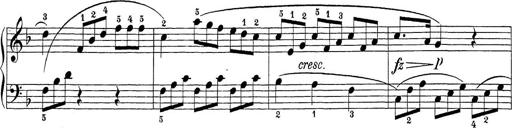
Title: Sonatina Album
Composer: Louis KÃ¶hler